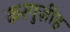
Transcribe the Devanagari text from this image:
करगुज़ीह